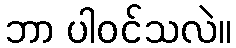
ဘာ ပါဝင်သလဲ။